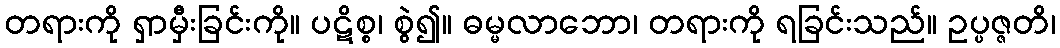
တရားကို ရှာမှီးခြင်းကို။ ပဋိစ္စ၊ စွဲ၍။ ဓမ္မလာဘော၊ တရားကို ရခြင်းသည်။ ဥပ္ပဇ္ဇတိ၊